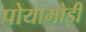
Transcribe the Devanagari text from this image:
पोयामोड़ी